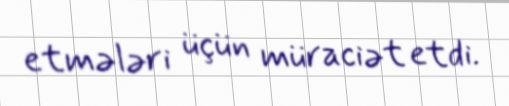
etmələri üçün müraciət etdi.